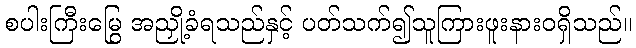
စပါးကြီးမြွေ အညှို့ခံရသည်နှင့် ပတ်သက်၍သူကြားဖူးနားဝရှိသည်။